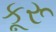
કૂરૂ